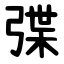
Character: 弽